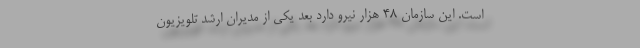
است. این سازمان 48 هزار نیرو دارد بعد یکی از مدیران ارشد تلویزیون